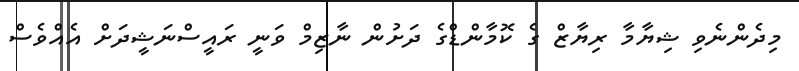
މިދެންނެވި ޝިޔާމާ ރިޔާޒް ގެ ކޮމާންޑްގެ ދަށުން ނާޒިމް ވަނީ ރައީސްނަޝީދަށް އެއްވެސް